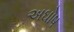
અઘોષ